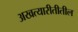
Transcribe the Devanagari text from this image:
अखत्यारीतीतील